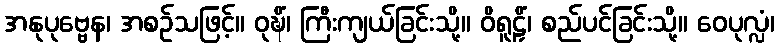
အနုပုဗ္ဗေန၊ အစဉ်သဖြင့်။ ဝုဍ္ဎိံ၊ ကြီးကျယ်ခြင်းသို့။ ဝိရူဠှိံ၊ စည်ပင်ခြင်းသို့။ ဝေပုလ္လံ၊